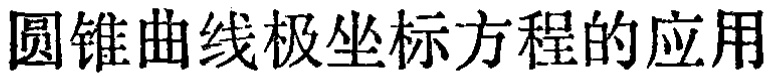
圆锥曲线极坐标方程的应用